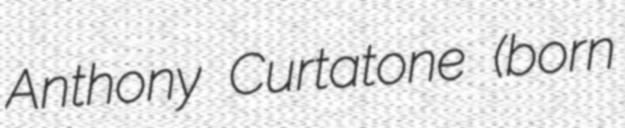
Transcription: Anthony Curtatone (born